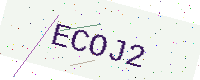
Text: ECOJ2